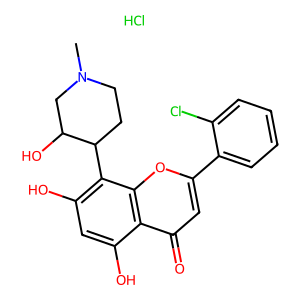
SMILES: CN1CCC(c2c(O)cc(O)c3c(=O)cc(-c4ccccc4Cl)oc23)C(O)C1.Cl
Inhibits HIV replication: No